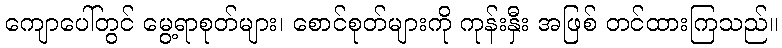
ကျောပေါ်တွင် မွေ့ရာစုတ်များ၊ စောင်စုတ်များကို ကုန်းနှီး အဖြစ် တင်ထားကြသည်။